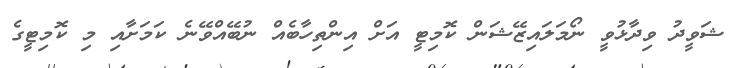
ޝަވީދު ވިދާޅުވީ ނޯމަލައިޒޭޝަން ކޮމިޓީ އަށް އިންތިހާބެއް ނުބޭއްވޭނެ ކަމަށާއި މި ކޮމިޓީގެ